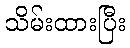
သိမ်းထားပြီး